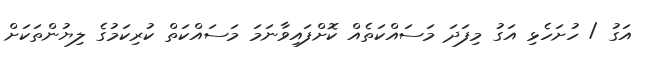
އަގު / ހުށަހެޅި އަގު މިފަދަ މަސައްކަތެއް ކޮށްފައިވާނަމަ މަސައްކަތް ކުރިކަމުގެ ލިޔުންތަކަށް